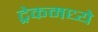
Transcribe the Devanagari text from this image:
ट्रेकमध्ये